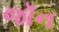
જૉન